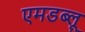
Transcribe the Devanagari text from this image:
एमडब्लू